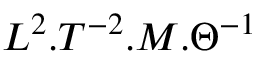
L ^ { 2 } . T ^ { - 2 } . M . \Theta ^ { - 1 }